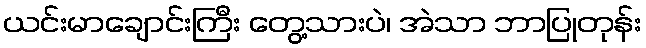
ယင်းမာချောင်းကြီး တွေ့သားပဲ၊ အဲသာ ဘာပြုတုန်း